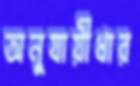
অনুযায়ীধার